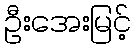
ဦးအေးမြင့်